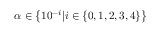
\alpha \in \big \{ 1 0 ^ { - i } | i \in \{ 0 , 1 , 2 , 3 , 4 \} \big \}